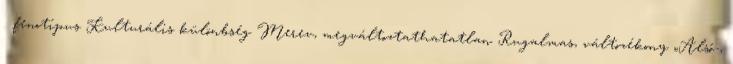
→ fenotípus Kulturális különbség Merev, megváltoztathatatlan Rugalmas, változékony „Alsó-,